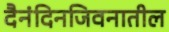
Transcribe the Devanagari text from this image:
दैनंदिनजिवनातील